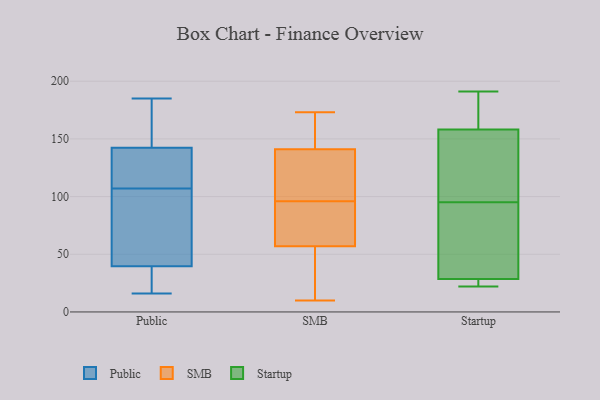
{"axis": {"x": "Tickets Resolved", "y": "Value"}, "legend": ["Public", "SMB", "Startup"], "data": [{"x": "", "y": 33, "type": "Public"}, {"x": "", "y": 176, "type": "Public"}, {"x": "", "y": 28, "type": "Public"}, {"x": "", "y": 149, "type": "Public"}, {"x": "", "y": 117, "type": "Public"}, {"x": "", "y": 59, "type": "Public"}, {"x": "", "y": 112, "type": "Public"}, {"x": "", "y": 69, "type": "Public"}, {"x": "", "y": 185, "type": "Public"}, {"x": "", "y": 143, "type": "Public"}, {"x": "", "y": 140, "type": "Public"}, {"x": "", "y": 107, "type": "Public"}, {"x": "", "y": 23, "type": "Public"}, {"x": "", "y": 16, "type": "Public"}, {"x": "", "y": 65, "type": "Public"}, {"x": "", "y": 124, "type": "SMB"}, {"x": "", "y": 96, "type": "SMB"}, {"x": "", "y": 129, "type": "SMB"}, {"x": "", "y": 71, "type": "SMB"}, {"x": "", "y": 10, "type": "SMB"}, {"x": "", "y": 121, "type": "SMB"}, {"x": "", "y": 34, "type": "SMB"}, {"x": "", "y": 154, "type": "SMB"}, {"x": "", "y": 81, "type": "SMB"}, {"x": "", "y": 47, "type": "SMB"}, {"x": "", "y": 97, "type": "SMB"}, {"x": "", "y": 45, "type": "SMB"}, {"x": "", "y": 145, "type": "SMB"}, {"x": "", "y": 54, "type": "SMB"}, {"x": "", "y": 173, "type": "SMB"}, {"x": "", "y": 148, "type": "SMB"}, {"x": "", "y": 152, "type": "SMB"}, {"x": "", "y": 66, "type": "SMB"}, {"x": "", "y": 83, "type": "SMB"}, {"x": "", "y": 22, "type": "Startup"}, {"x": "", "y": 96, "type": "Startup"}, {"x": "", "y": 27, "type": "Startup"}, {"x": "", "y": 26, "type": "Startup"}, {"x": "", "y": 191, "type": "Startup"}, {"x": "", "y": 72, "type": "Startup"}, {"x": "", "y": 121, "type": "Startup"}, {"x": "", "y": 164, "type": "Startup"}, {"x": "", "y": 95, "type": "Startup"}, {"x": "", "y": 180, "type": "Startup"}, {"x": "", "y": 22, "type": "Startup"}, {"x": "", "y": 141, "type": "Startup"}, {"x": "", "y": 179, "type": "Startup"}, {"x": "", "y": 33, "type": "Startup"}, {"x": "", "y": 66, "type": "Startup"}]}